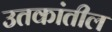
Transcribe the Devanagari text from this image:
उतकांतील